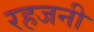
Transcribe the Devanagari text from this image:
रहजनी